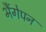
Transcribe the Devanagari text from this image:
भैंगेपन